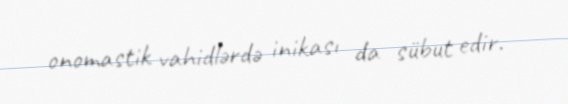
onomastik vahidlərdə inikası da sübut edir.